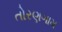
તોરણગામ